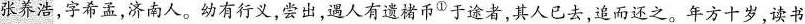
张养浩，字希孟，济南人。幼有行义，尝出，遇人有遗褚币^{①}于途者，其人已去，追而还之。年方十岁，读书